Indian journal of veterinary science and animal husbandry - Volume 10,
Year: 1940
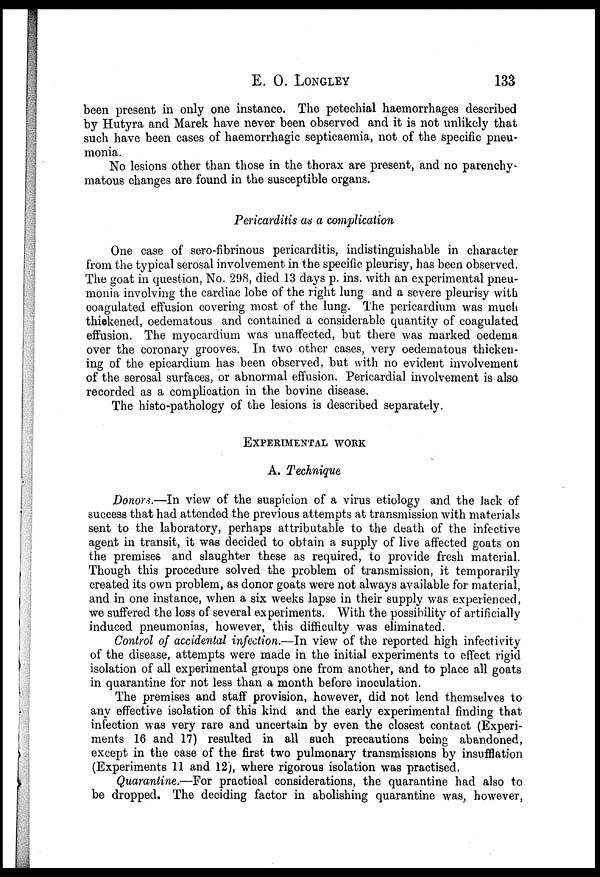
E. O. LONGLEY 133
been present in only one instance. The petechial haemorrhages described
by Hutyra and Marek have never been observed and it is not unlikely that
such have been cases of haemorrhagic septicaemia, not of the specific pneu-
monia.
No lesions other than those in the thorax are present, and no parenchy-
matous changes are found in the susceptible organs.
Pericarditis as a complication
One case of sero-fibrinous pericarditis, indistinguishable in character
from the typical serosal involvement in the specific pleurisy, has been observed.
The goat in question, No. 298, died 13 days p. ins. with an experimental pneu-
monia involving the cardiac lobe of the right lung and a severe pleurisy with
coagulated effusion covering most of the lung. The pericardium was much
thickened, oedematous and contained a considerable quantity of coagulated
effusion. The myocardium was unaffected, but there was marked oedema
over the coronary grooves. In two other cases, very oedematous thicken-
ing of the epicardium has been observed, but with no evident involvement
of the serosal surfaces, or abnormal effusion. Pericardial involvement is also
recorded as a complication in the bovine disease.
The histo-pathology of the lesions is described separately.
EXPERIMENTAL WORK
A. Technique
Donors.—In view of the suspicion of a virus etiology and the lack of
success that had attended the previous attempts at transmission with materials
sent to the laboratory, perhaps attributable to the death of the infective
agent in transit, it was decided to obtain a supply of live affected goats on
the premises and slaughter these as required, to provide fresh material.
Though this procedure solved the problem of transmission, it temporarily
created its own problem, as donor goats were not always available for material,
and in one instance, when a six weeks lapse in their supply was experienced,
we suffered the loss of several experiments. With the possibility of artificially
induced pneumonias, however, this difficulty was eliminated.
Control of accidental infection.—In view of the reported high infectivity
of the disease, attempts were made in the initial experiments to effect rigid
isolation of all experimental groups one from another, and to place all goats
in quarantine for not less than a month before inoculation.
The premises and staff provision, however, did not lend themselves to
any effective isolation of this kind and the early experimental finding that
infection was very rare and uncertain by even the closest contact (Experi-
ments 16 and 17) resulted in all such precautions being abandoned,
except in the case of the first two pulmonary transmissions by insufflation
(Experiments 11 and 12), where rigorous isolation was practised.
Quarantine.—For practical considerations, the quarantine had also to
be dropped. The deciding factor in abolishing quarantine was, however,